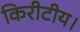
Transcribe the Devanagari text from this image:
किरीटीय।